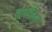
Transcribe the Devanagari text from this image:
विपक्षीदल